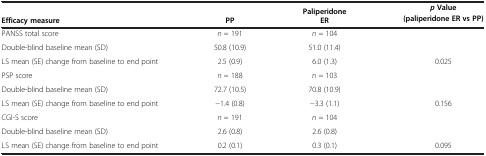
|  |  | Paliperidone | p Value |
 | Efficacy measure | PP | ER | (paliperidone ER vs PP) |
 | --- | --- | --- | --- |
 | PANSS total score | n = 191 | n = 104 |  |
 | Double-blind baseline mean (SD) | 50.8 (10.9) | 51.0 (11.4) |  |
 | LS mean (SE) change from baseline to end point | 2.5 (0.9) | 6.0 (1.3) | 0.025 |
 | PSP score | n = 188 | n = 103 |  |
 | Double-blind baseline mean (SD) | 72.7 (10.5) | 70.8 (10.9) |  |
 | LS mean (SE) change from baseline to end point | −1.4 (0.8) | −3.3 (1.1) | 0.156 |
 | CGI-S score | n = 191 | n = 104 |  |
 | Double-blind baseline mean (SD) | 2.6 (0.8) | 2.6 (0.8) |  |
 | LS mean (SE) change from baseline to end point | 0.2 (0.1) | 0.3 (0.1) | 0.095 |